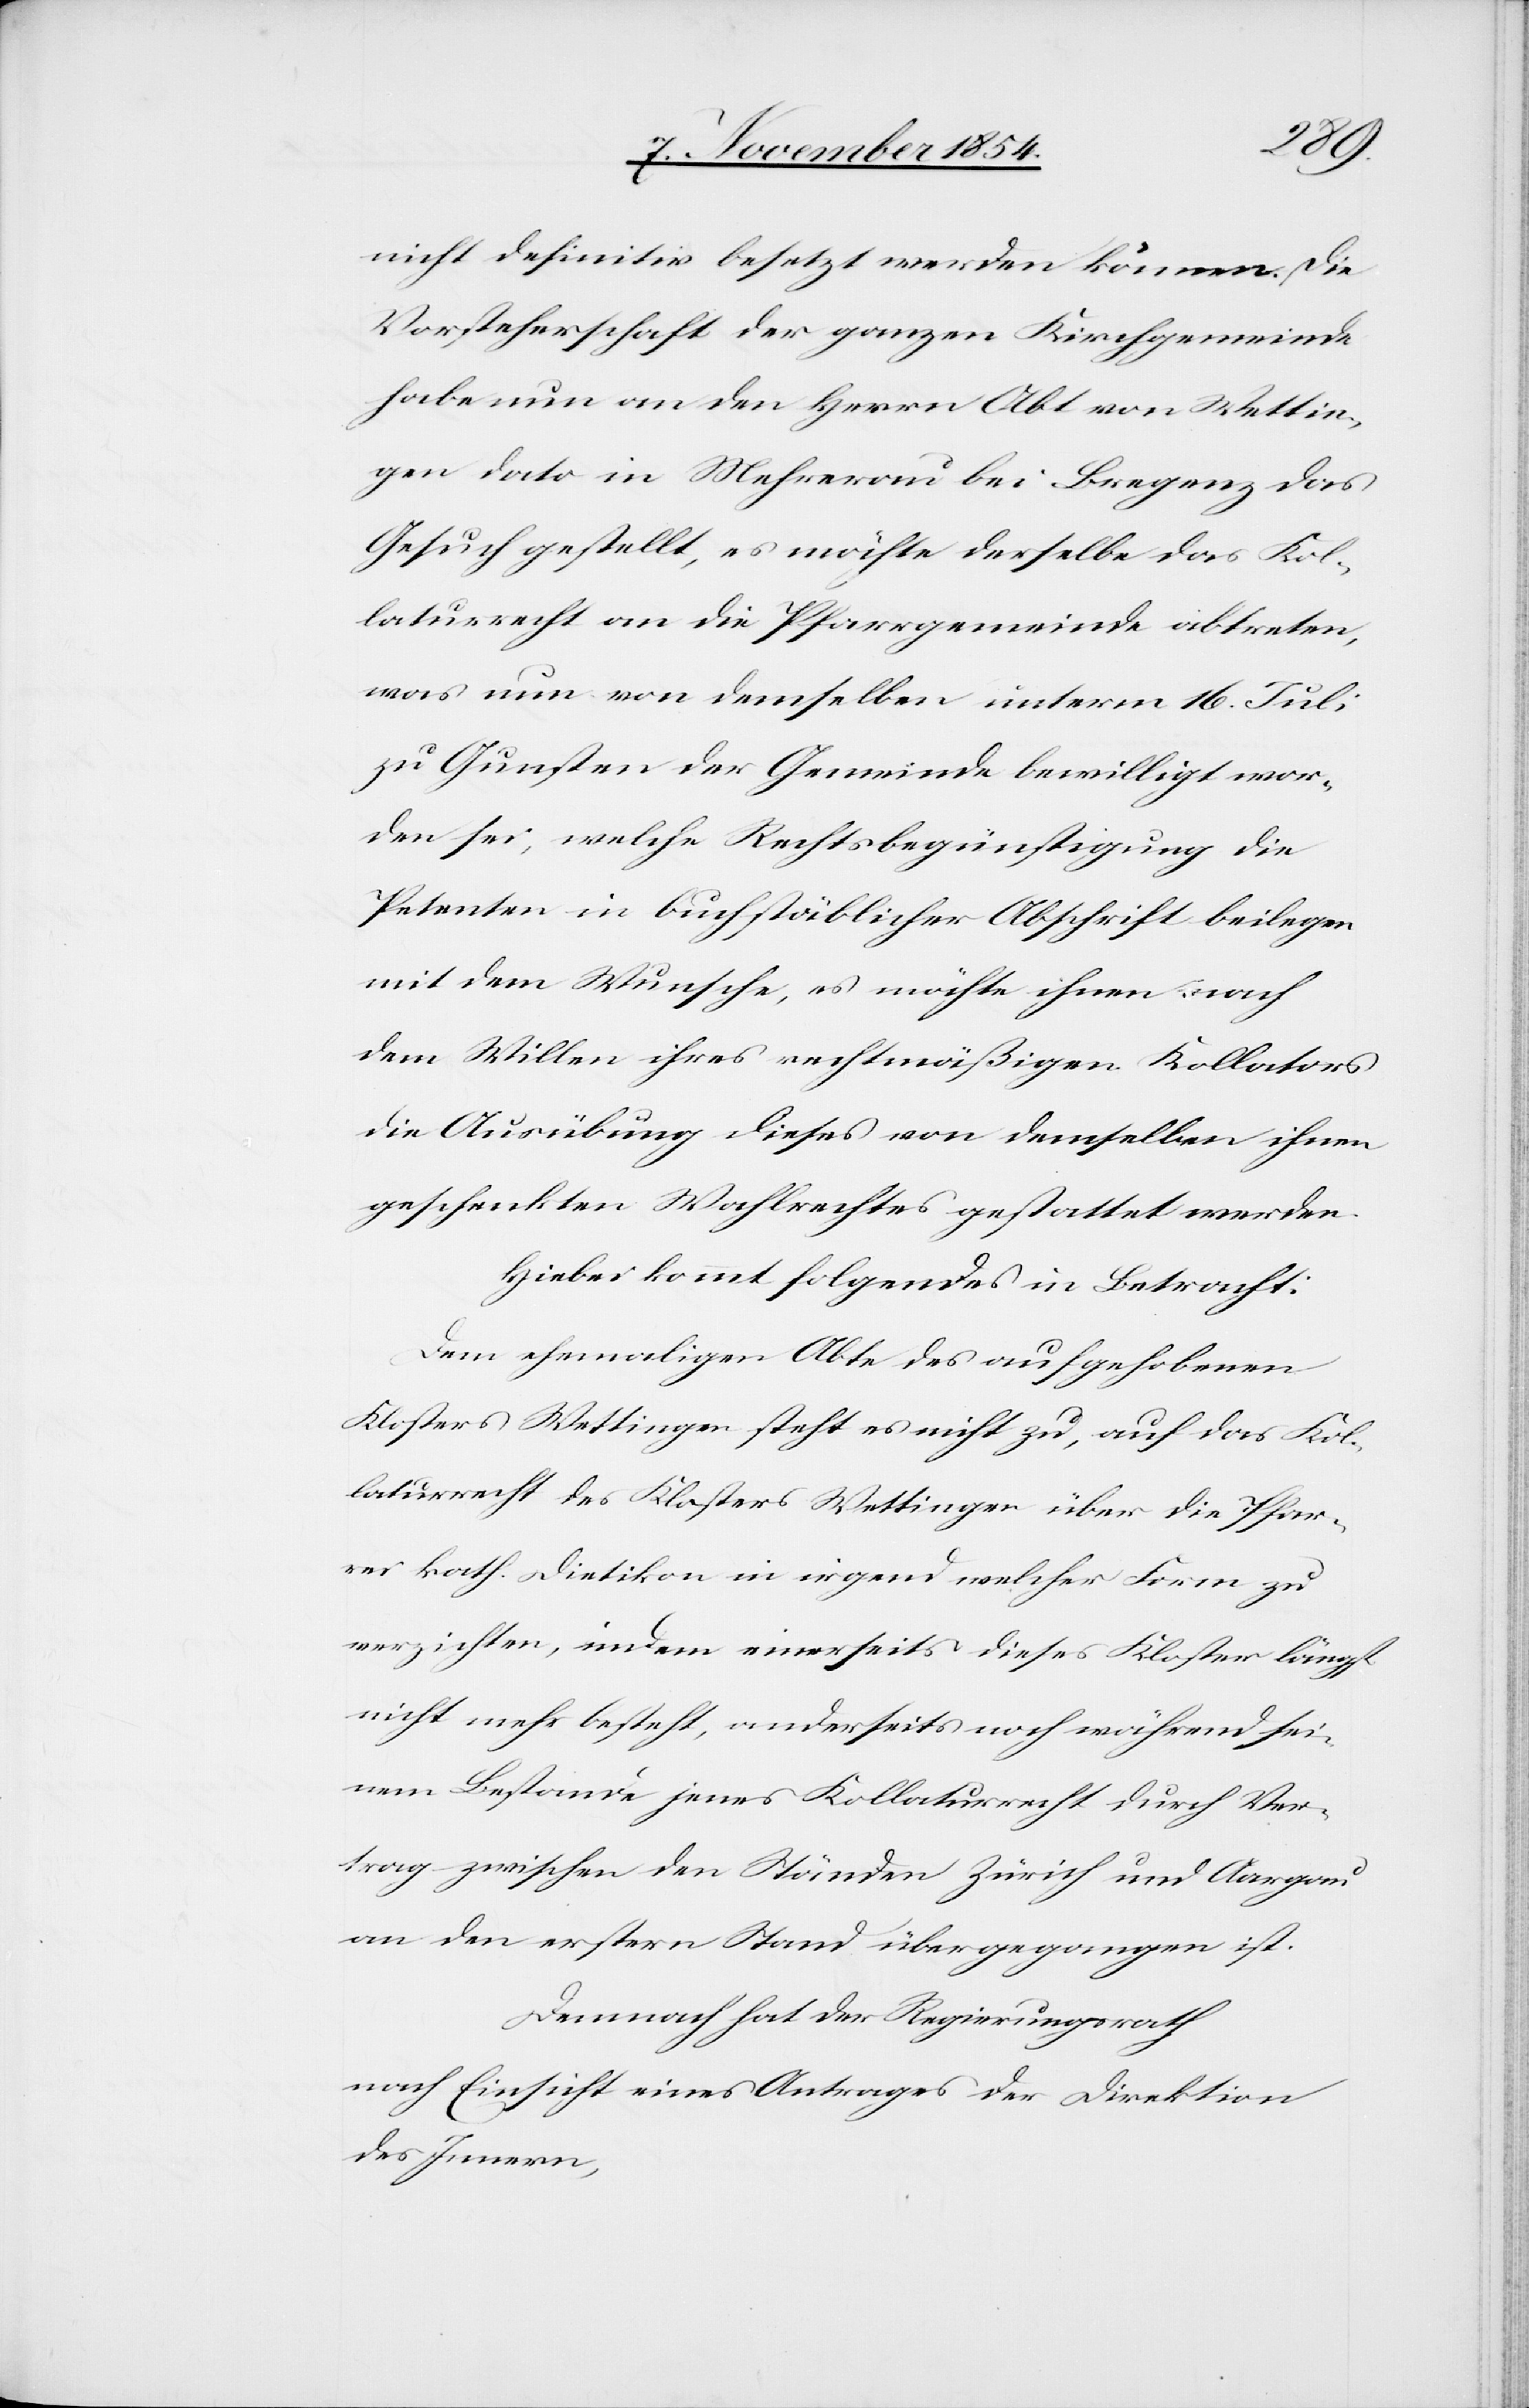
nicht definitiv besetzt werden können. Die
Vorsteherschaft der ganzen Kirchgemeinde
habe nun an den Herrn Abt von Wettin¬
gen dato in Mehrerau bei Bregenz das
Gesuch gestellt, es möchte derselbe das Kol¬
laturrecht an die Pfarrgemeinde abtreten,
was nun von demselben unterm 16. Juli
zu Gunsten der Gemeinde bewilligt wor¬
den sei, welche Rechtsbegünstigung die
Petenten in buchstäblicher Abschrift beilegen
mit dem Wunsche, es möchte ihnen nach
dem Willen ihres rechtmäßigen Kollators
die Ausübung dieses von demselben ihnen
geschenkten Wahlrechtes gestattet werden.
Hiebei kommt folgendes in Betracht:
Dem ehemaligen Abte des aufgehobenen
Klosters Wettingen steht es nicht zu, auf das Kol¬
laturrecht des Klosters Wettingen über die Pfar¬
rei kath. Dietikon in irgend welcher Form zu
verzichten, indem einerseits dieses Kloster längst
nicht mehr besteht, anderseits noch während sei¬
nem Bestande jenes Kollaturrecht durch Ver¬
trag zwischen den Ständen Zürich und Aargau
an den erstern Stand übergegangen ist.
Demnach hat der Regierungsrath
nach Einsicht eines Antrages der Direktion
des Innern,